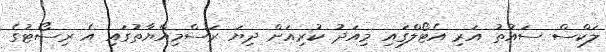
ލަކްސް ސައުތު އަރި އެޓޯލްގައި މިއަދު ކުރިއަށް ދިޔަ ރަސްމިއްޔާތުގައި އެ ރިސޯޓުގެ